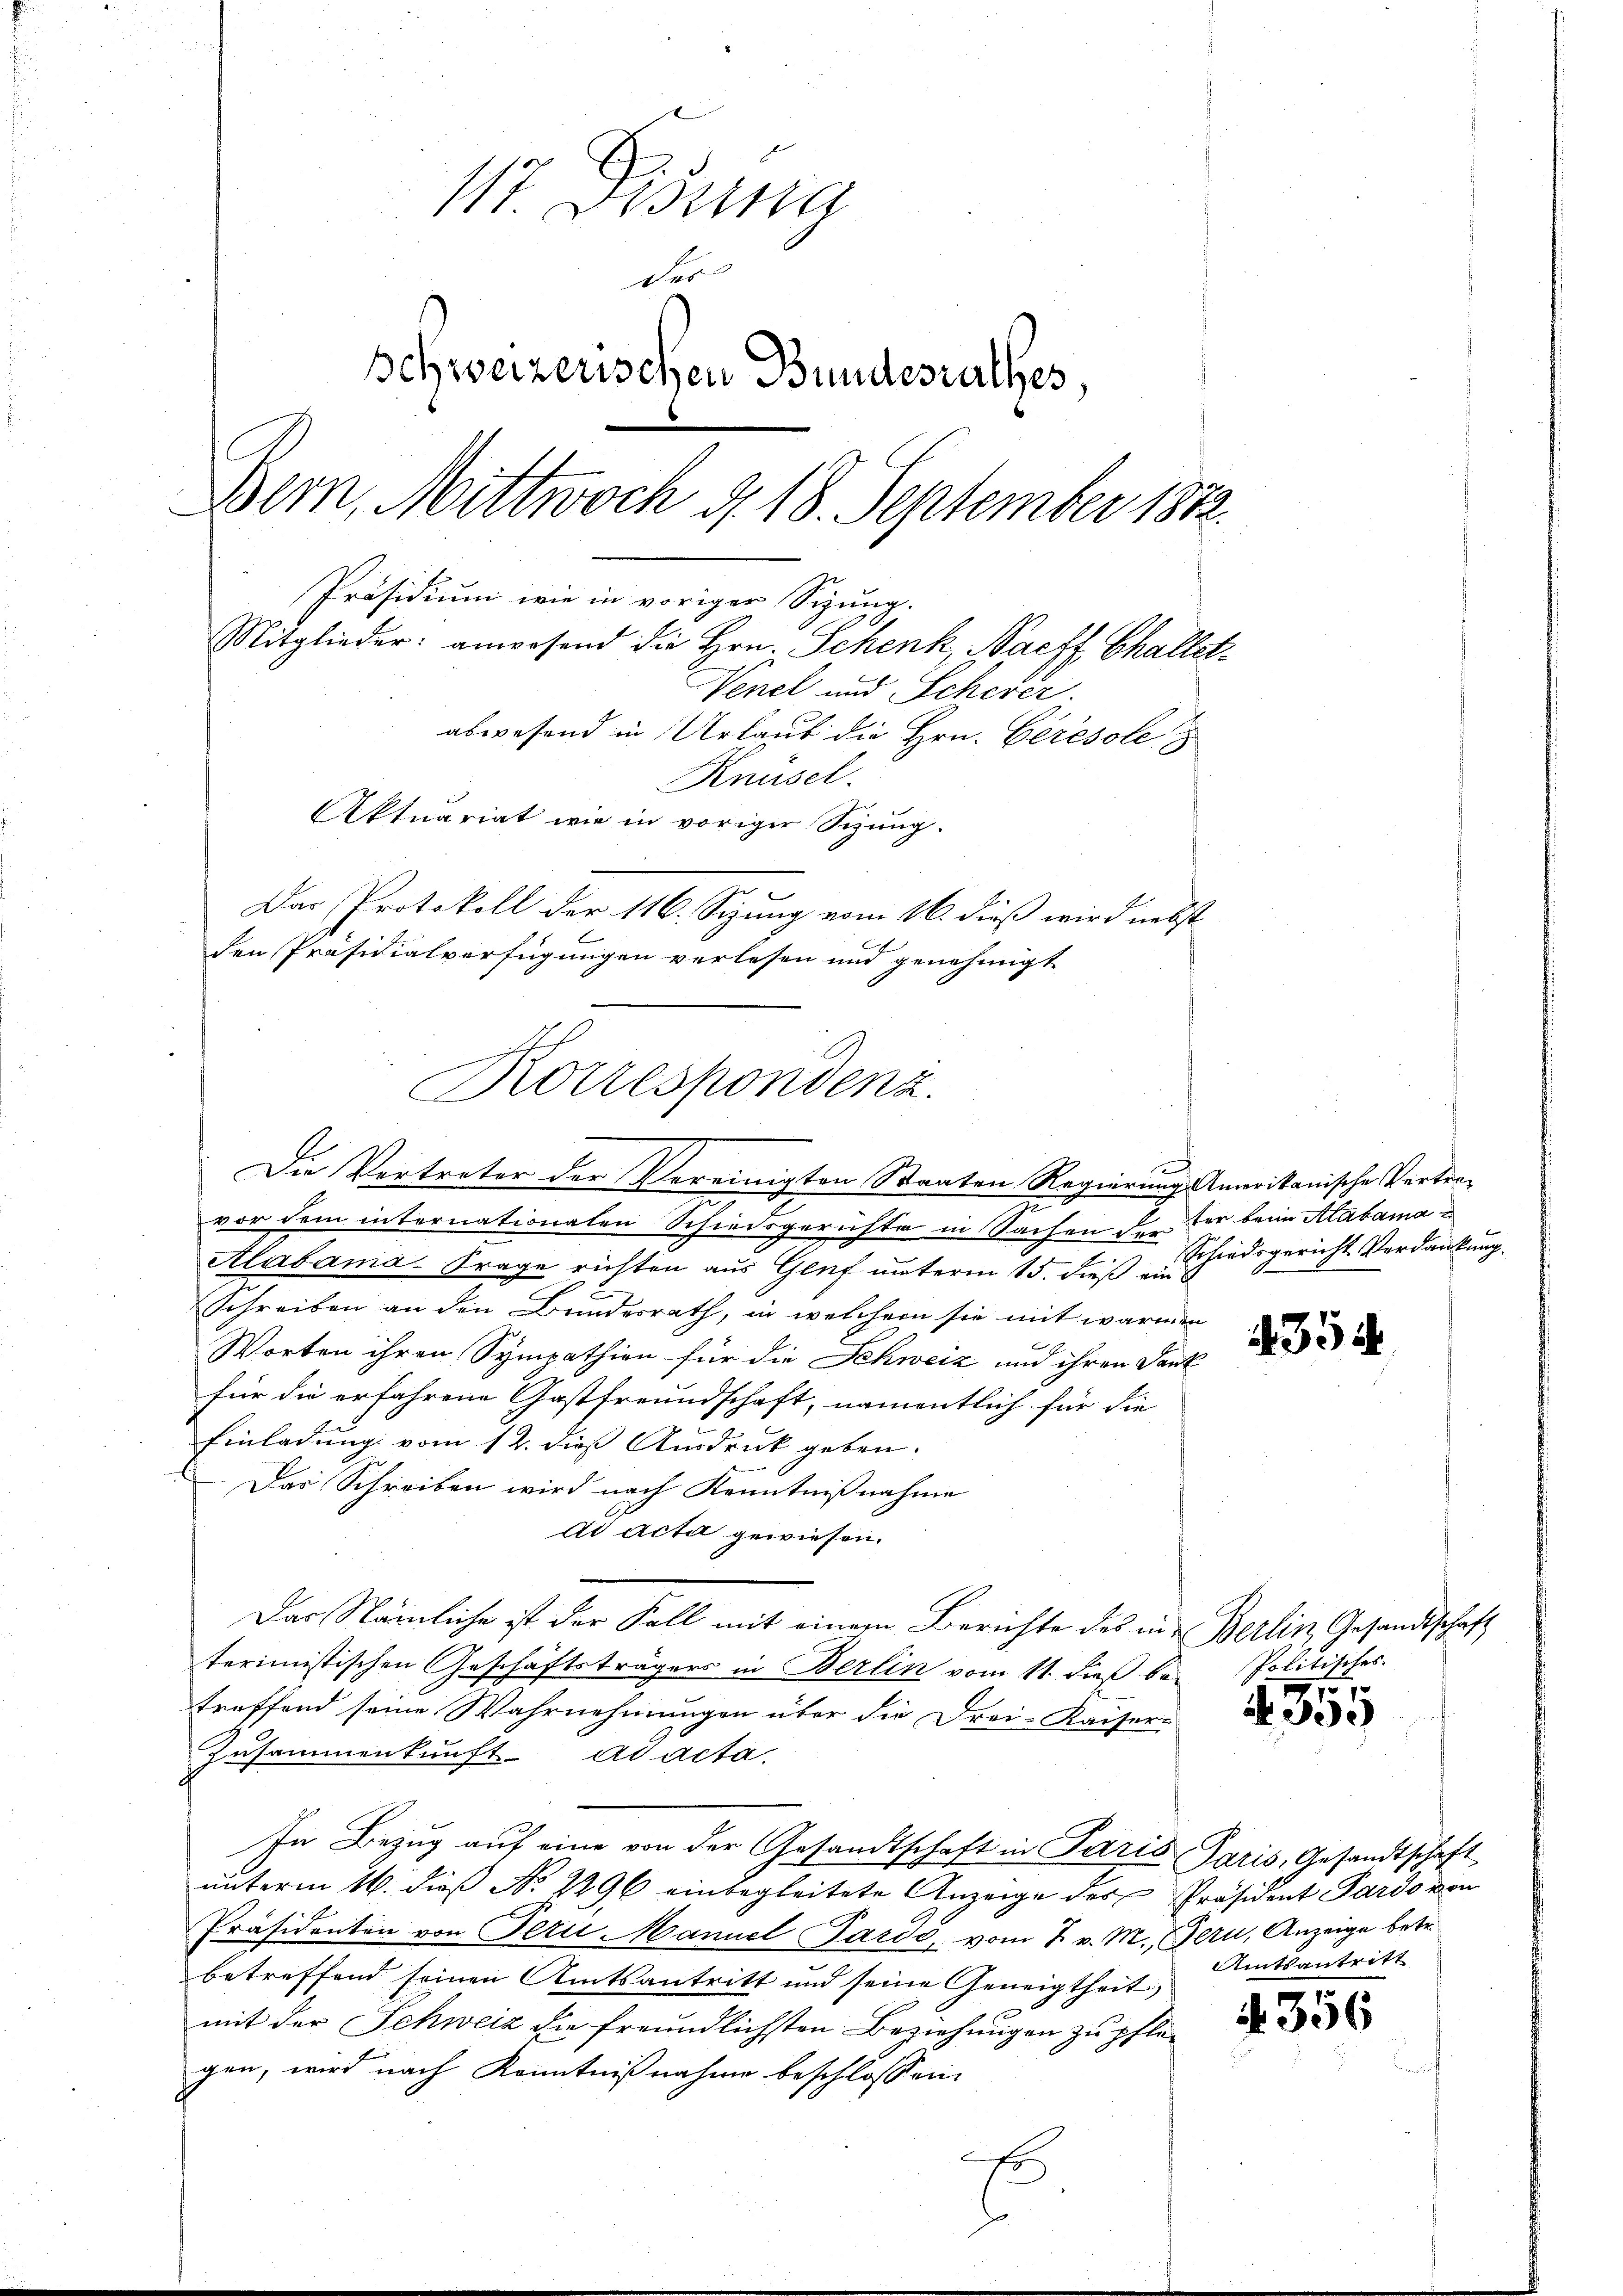
117. Disena
des
schweizerischen Bundesrathes,
Bern, Mittwoch d. 18. September 1882.
Präsidium wie in voriger Sigung.
Mitglieder: anwesend die Hrn. Schenk, Nacht Challet¬
Nenel und Schever
abwesend in Urlauf die Hrn. Ceresole
Knüsel.
Aktuariat wie in voriger Sitzung
Das Protokoll der 116. Sizung vom 16. dieß wird nebst
den Präsidialverfügungen verlesen und genehmigt

¬
vor dem internationalen Schiedsgerichte in Sachen der beim Aabama¬
Alabama-Frage richten aus Genf unterm 15. dieß ein
Schreiben an den Bundesrath, in welchem sie mit warmen
Worten ihren Sympathien für die Schweiz und ihren Dank
für die erfahrene Gastfreundschaft, namentlich für die
Einladung vom 12. dieß Ausdruck geben.
Das Schreiben wird nach Kenntnißnahme
ad Acta gewiesen.
Das Nämliche ist der Fall mit einem Berichte des in Berlin, Gesandtschaft
terimistischen Geschäftsträgers in Berlin vom 11. dieß betreffend seine Wahrnehmungen über die Drei-Kaiser-
Zusammenkunft ad acta.
In Bezug auf eine von der Gesandtschaft in Paris Paris, Gesandtschaft
unterm 16. dieß No. 2296 einbegleitete Anzeige des Präsident Pardo von
Präsidenten von Perti Manuel Pardi, vom 7. v. M., fern, Anzeige betr.
betreffend seinen Amtsantritt und seine Geneigtheit,
mit der Schweiz die freundlichsten Beziehungen zu pfle-
gen, wird nach Kenntnißnahme beschlossen:
E

Rotrespondenz.
Die Vertreter der Vereinigten Staaten Regierung Amerikanische Vertre¬

Schiedsgericht Verdankung.

354

Politisches.
o

A 330

Amtsantritt

N 356